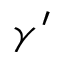
\gamma ^ { \prime }